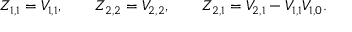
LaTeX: Z _ { 1 , 1 } = V _ { 1 , 1 } , \qquad Z _ { 2 , 2 } = V _ { 2 , 2 } , \qquad Z _ { 2 , 1 } = V _ { 2 , 1 } - V _ { 1 , 1 } V _ { 1 , 0 } .